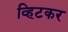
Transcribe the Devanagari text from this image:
व्हिटकर